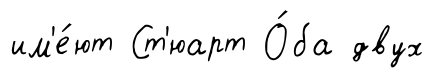
им'е́ют Ст'юарт О́ба двух